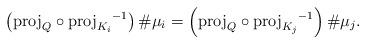
LaTeX: \begin{align*}\left( \mathord{\operatorname{proj}}_{Q} \circ {\operatorname{proj}_{K_i} }^{-1} \right) \# \mu_i = \left( \mathord{\operatorname{proj}}_{Q} \circ {\operatorname{proj}_{K_j} }^{-1} \right) \# \mu_j.\end{align*}